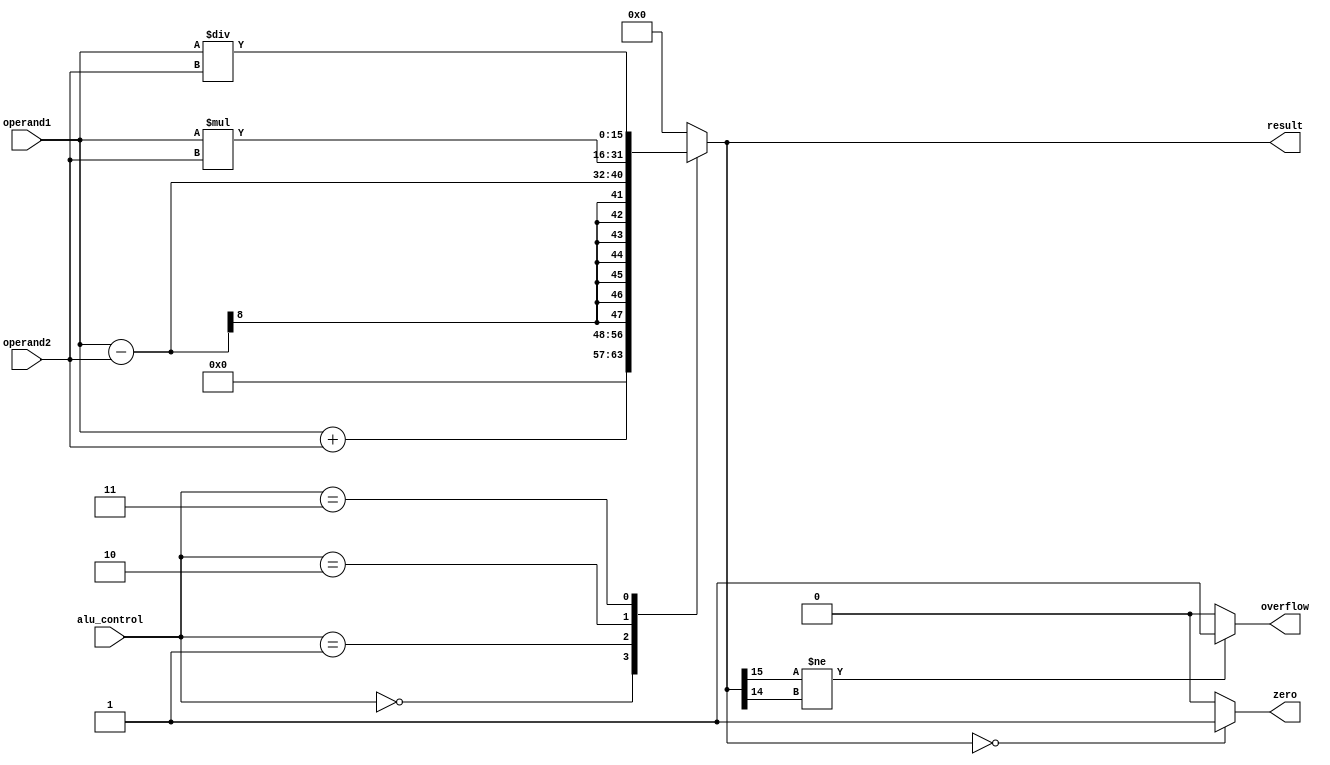
module alu (
    input [7:0] operand1,
    input [7:0] operand2,
    input [2:0] alu_control,
    output reg [15:0] result,
    output reg zero,
    output reg overflow
);

always @(*)
begin
    case (alu_control)
        3'b000: result = operand1 + operand2; // addition
        3'b001: result = operand1 - operand2; // subtraction
        3'b010: result = operand1 * operand2; // multiplication
        3'b011: result = operand1 / operand2; // division
        default: result = 16'h0000; // default output
    endcase

    if (result == 16'h0000)
        zero = 1;
    else
        zero = 0;

    if (result[15] != result[14])
        overflow = 1;
    else
        overflow = 0;
end

endmodule